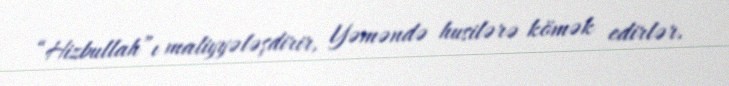
“Hizbullah”ı maliyyələşdirir, Yəməndə husilərə kömək edirlər.